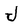
Character: J